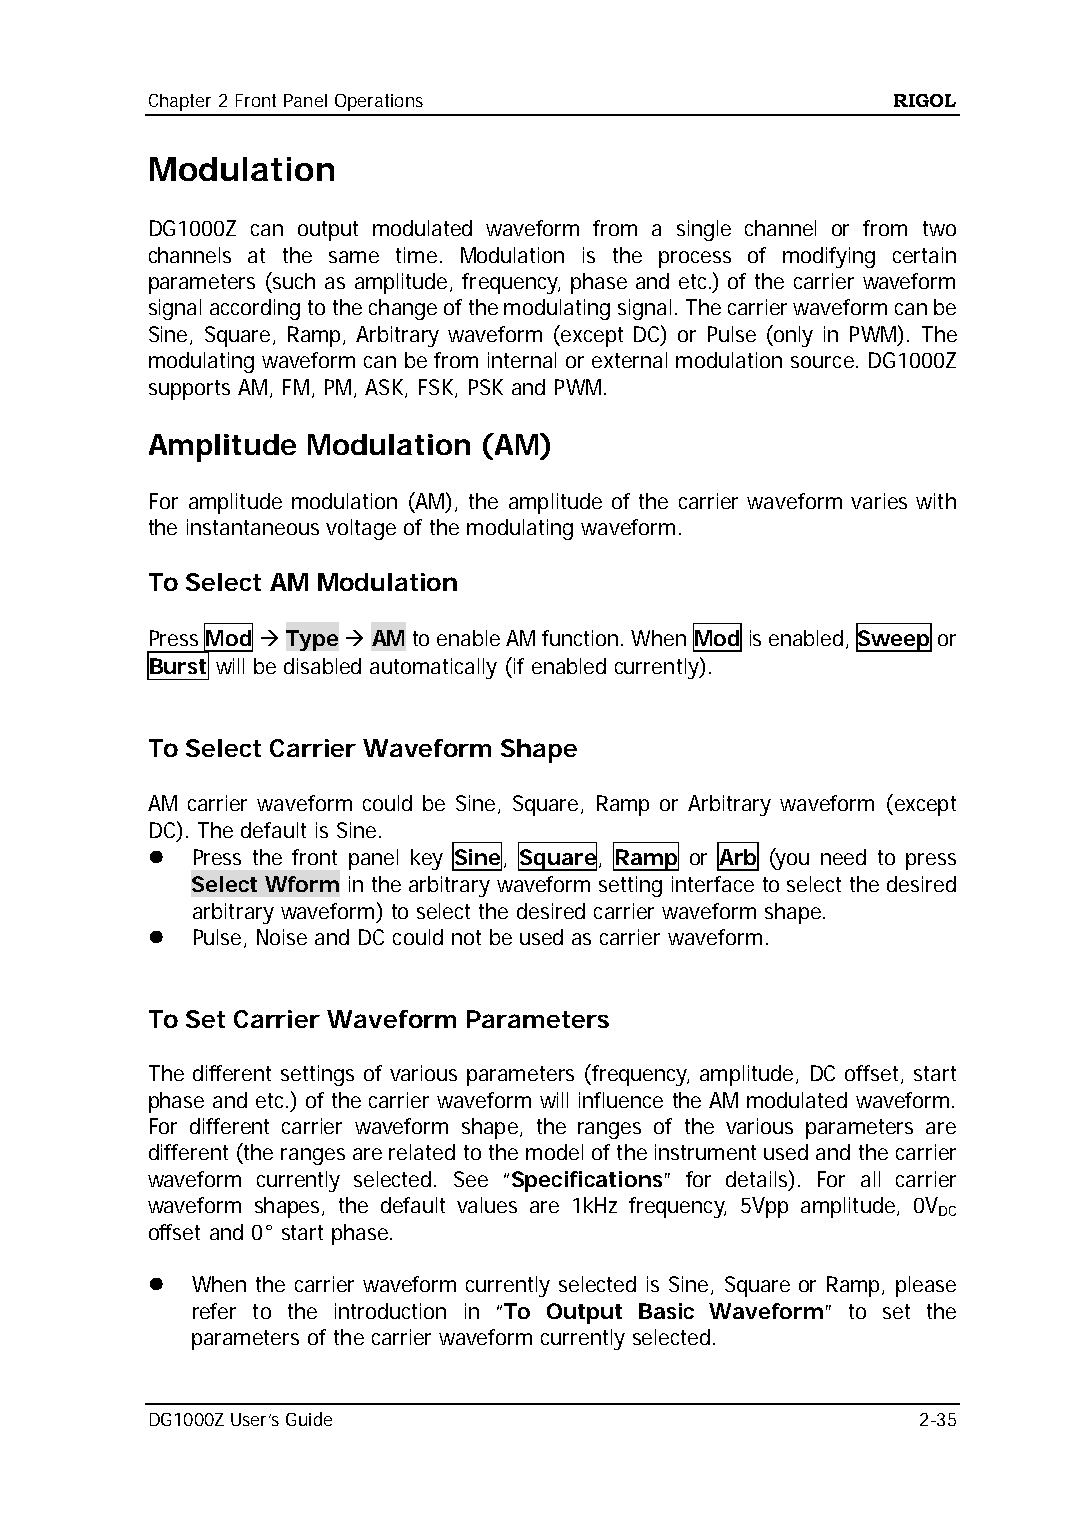
Chapter 2 Front Panel Operations                 RIGOL
 Modulation
 DG1000Z can output modulated waveform from a single channel or from two
 channels at the same time. Modulation is the process of modifying certain
 parameters (such as amplitude, frequency, phase and etc.) of the carrier waveform
 signal according to the change of the modulating signal. The carrier waveform can be
 Sine, Square, Ramp, Arbitrary waveform (except DC) or Pulse (only in PWM). The
 modulating waveform can be from internal or external modulation source. DG1000Z
 supports AM, FM, PM, ASK, FSK, PSK and PWM.
 Amplitude Modulation  (AM)
 For amplitude modulation (AM), the amplitude of the carrier waveform varies with
 the instantaneous voltage of the modulating waveform.
 To Select AM Modulation
 Press Mod  Type  AM to enable AM function. When Mod is enabled, Sweep or
 Burst will be disabled automatically (if enabled currently).
 To Select Carrier Waveform Shape
 AM carrier waveform could be Sine, Square, Ramp or Arbitrary waveform (except
 DC). The default is Sine.
   Press the front panel key Sine, Square, Ramp or Arb (you need to press
 Select Wform in the arbitrary waveform setting interface to select the desired
 arbitrary waveform) to select the desired carrier waveform shape.
   Pulse, Noise and DC could not be used as carrier waveform.
 To Set Carrier Waveform Parameters
 The different settings of various parameters (frequency, amplitude, DC offset, start
 phase and etc.) of the carrier waveform will influence the AM modulated waveform.
 For different carrier waveform shape, the ranges of the various parameters are
 different (the ranges are related to the model of the instrument used and the carrier
 waveform currently selected. See “Specifications” for details). For all carrier
 waveform shapes, the default values are 1kHz frequency, 5Vpp amplitude, 0V
 DC
 offset and 0° start phase.
   When the carrier waveform currently selected is Sine, Square or Ramp, please
 refer to the introduction in “To Output Basic Waveform” to set the
 parameters of the carrier waveform currently selected.
 DG1000Z User’s Guide                               2-35